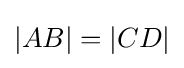
|AB|=|CD|